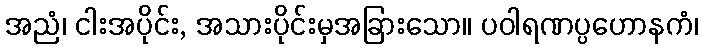
အညံ၊ ငါးအပိုင်း, အသားပိုင်းမှအခြားသော။ ပဝါရဏပ္ပဟောနကံ၊